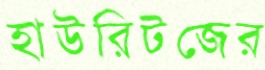
হাউরিটজের